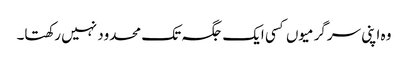
وہ اپنی سرگرمیوں کسی ایک جگہ تک محدود نہیں رکھتا۔